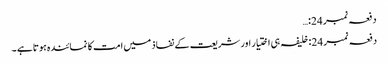
دفعہ نمبر 24:…
دفعہ نمبر 24: خلیفہ ہی اختیار اور شریعت کے نفاذ میں امت کا نمائندہ ہوتا ہے ۔